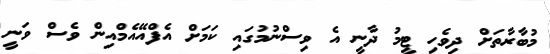
މުބާރާތަށް ދިވެހި ޓީމު ދާނީ އެ ވިސްނުމުގައި ކަމަށް އެފްއޭއެމްއިން ވެސް ވަނީ